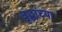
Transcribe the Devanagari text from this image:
वृद्धांच्या